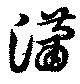
瀟